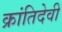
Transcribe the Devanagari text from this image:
क्रांतिदेवी